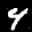
Label: 4